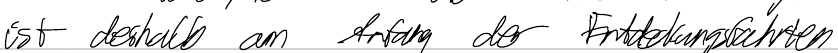
ist deshalb am Anfang der Entdeckungsfahrten